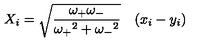
X _ { i } = { \sqrt { \frac { \omega _ { + } \omega _ { - } } { { \omega _ { + } } ^ { 2 } + { \omega _ { - } } ^ { 2 } } } } \quad ( x _ { i } - y _ { i } )